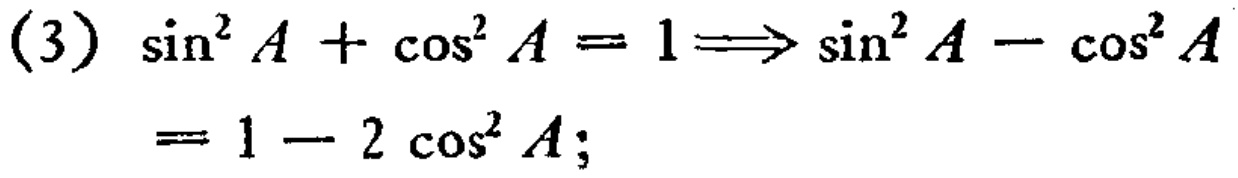
(3) \(\sin^{2}A+\cos^{2}A = 1\Longrightarrow\sin^{2}A-\cos^{2}A=1 - 2\cos^{2}A\);